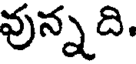
వున్నది.